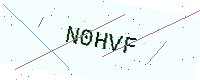
Text: N0HVF